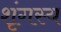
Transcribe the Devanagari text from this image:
शृंगस्य